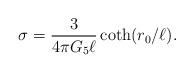
LaTeX: \begin{align*}\sigma={3\over 4\pi G_5\ell}\coth(r_0/\ell).\end{align*}